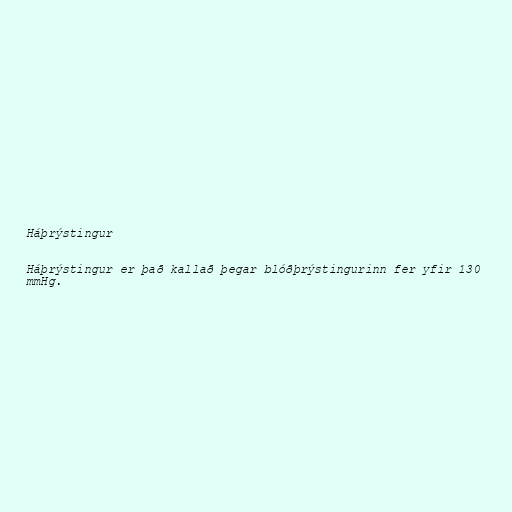
Háþrýstingur

Háþrýstingur er það kallað þegar blóðþrýstingurinn fer yfir 130
mmHg.